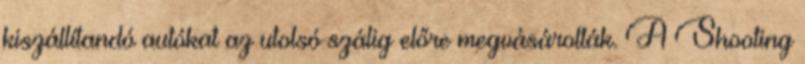
kiszállítandó autókat az utolsó szálig előre megvásárolták. A Shooting